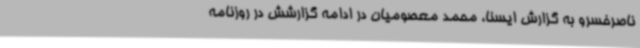
ناصرخسرو به گزارش ایسنا، محمد معصومیان در ادامه گزارشش در روزنامه